Civil Veterinary Dept. North-West Frontier Province 1933-46 - 1933-1946
Year: 1933
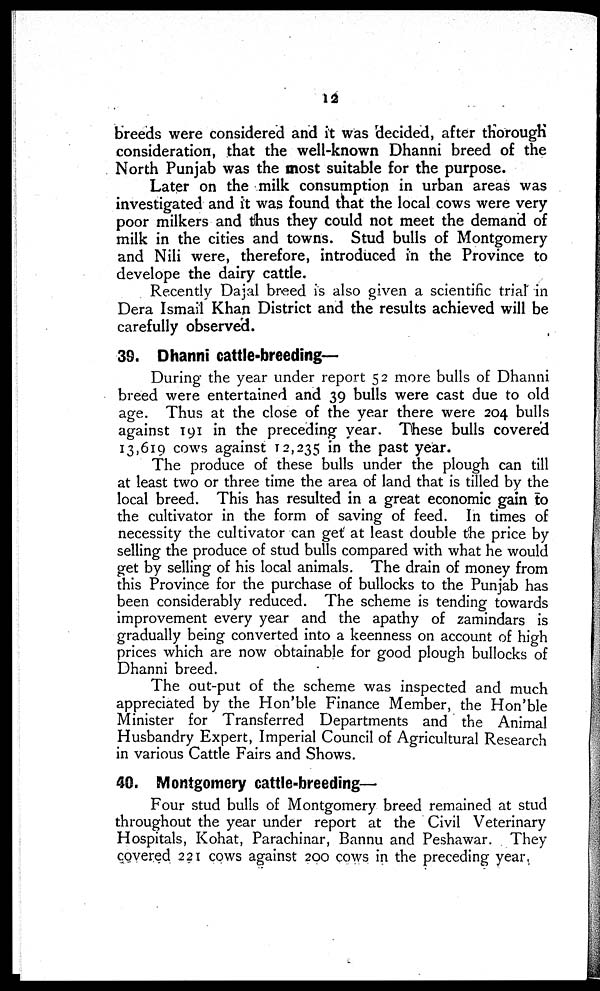
12
breeds were considered and it was decided, after thorough
consideration, that the well-known Dhanni breed of the
North Punjab was the most suitable for the purpose.
Later on the milk consumption in urban areas was
investigated and it was found that the local cows were very
poor milkers and thus they could not meet the demand of
milk in the cities and towns. Stud bulls of Montgomery
and Nili were, therefore, introduced in the Province to
develope the dairy cattle.
Recently Dajal breed is also given a scientific trial in
Dera Ismail Khan District and the results achieved will be
carefully observed.
39. Dhanni cattle-breeding—
During the year under report 52 more bulls of Dhanni
breed were entertained and 39 bulls were cast due to old
age. Thus at the close of the year there were 204 bulls
against 191 in the preceding year. These bulls covered
13,619 cows against 12,235 in the past year.
The produce of these bulls under the plough can till
at least two or three time the area of land that is tilled by the
local breed. This has resulted in a great economic gain to
the cultivator in the form of saving of feed. In times of
necessity the cultivator can get at least double the price by
selling the produce of stud bulls compared with what he would
get by selling of his local animals. The drain of money from
this Province for the purchase of bullocks to the Punjab has
been considerably reduced. The scheme is tending towards
improvement every year and the apathy of zamindars is
gradually being converted into a keenness on account of high
prices which are now obtainable for good plough bullocks of
Dhanni breed.
The out-put of the scheme was inspected and much
appreciated by the Hon'ble Finance Member, the Hon'ble
Minister for Transferred Departments and the Animal
Husbandry Expert, Imperial Council of Agricultural Research
in various Cattle Fairs and Shows.
40. Montgomery cattle-breeding—
Four stud bulls of Montgomery breed remained at stud
throughout the year under report at the Civil Veterinary
Hospitals, Kohat, Parachinar, Bannu and Peshawar. They
covered 221 cows against 200 cows in the preceding year,